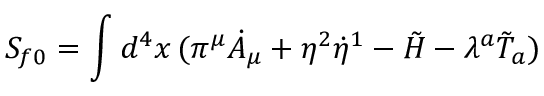
S _ { f 0 } = \int d ^ { 4 } x \, ( \pi ^ { \mu } \dot { A } _ { \mu } + \eta ^ { 2 } \dot { \eta } ^ { 1 } - \tilde { H } - \lambda ^ { a } \tilde { T } _ { a } )